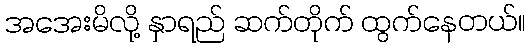
အအေးမိလို့ နှာရည် ဆက်တိုက် ထွက်နေတယ်။